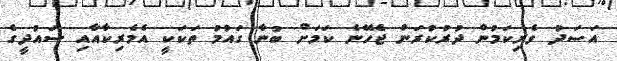
އަސަދު ވެރިކަމުން ދުރުކުރަން ޖެހޭނެ ކަމަށް ބުނާ ގައުމު ތަކަކީ އެމެރިކާއާއި ސައުދީގެ